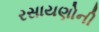
રસાયણોની